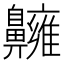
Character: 𪖿